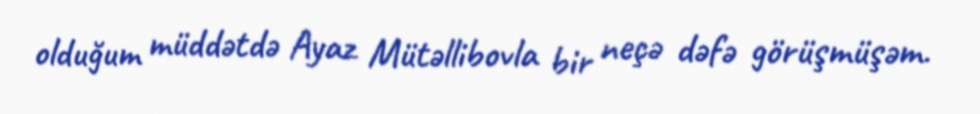
olduğum müddətdə Ayaz Mütəllibovla bir neçə dəfə görüşmüşəm.